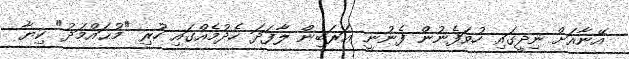
އޭނާއަށް ނިދީގައި ހުވަފެނުން ފެނުނީ ޢަރަބިން ލާފަދަ ހެދުމެއްގައި ހުރި "މުޙައްމަދު" ކިޔާ